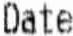
DATE